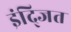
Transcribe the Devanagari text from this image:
इंद्जित